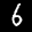
Label: 6